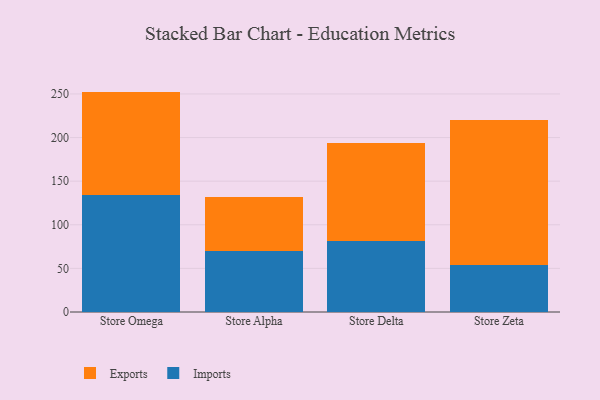
{"axis": {"x": "Store", "y": "Page Views"}, "legend": ["Exports", "Imports"], "data": [{"x": "Store Omega", "y": 134.7, "type": "Imports"}, {"x": "Store Omega", "y": 118.0, "type": "Exports"}, {"x": "Store Alpha", "y": 69.9, "type": "Imports"}, {"x": "Store Alpha", "y": 61.6, "type": "Exports"}, {"x": "Store Delta", "y": 81.9, "type": "Imports"}, {"x": "Store Delta", "y": 112.4, "type": "Exports"}, {"x": "Store Zeta", "y": 54.4, "type": "Imports"}, {"x": "Store Zeta", "y": 165.3, "type": "Exports"}]}